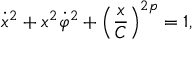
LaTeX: \dot { x } ^ { 2 } + x ^ { 2 } \dot { \varphi } ^ { 2 } + \left( \frac { x } { C } \right) ^ { 2 p } = 1 ,